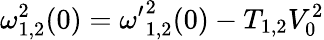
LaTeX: \omega_{1,2}^{2}(0)={\omega^{\prime}}_{1,2}^{2}(0)-T_{1,2}V_{0}^{2}